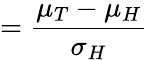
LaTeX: =\frac{\mu_{T}-\mu_{H}}{\sigma_{H}}